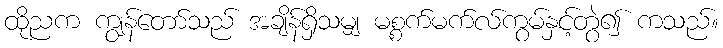
ထိုညက ကျွန်တော်သည် အချိန်ရှိသမျှ မစ္စက်မက်လ်ကွမ်နှင့်တွဲ၍ ကသည်။